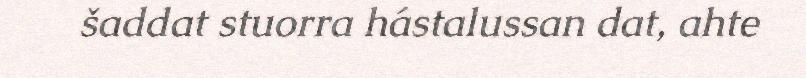
šaddat stuorra hástalussan dat, ahte